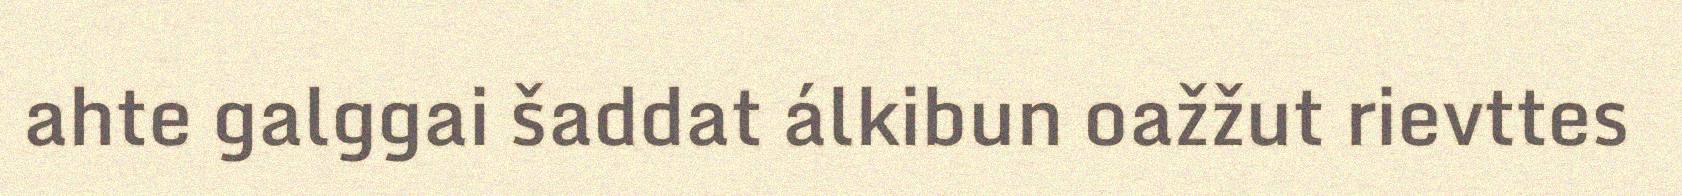
ahte galggai šaddat álkibun oažžut rievttes